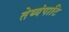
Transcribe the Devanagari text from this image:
तेय्यंपाटि